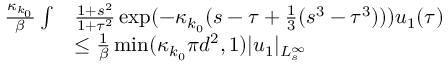
\begin{array} { r l } { \frac { \kappa _ { k _ { 0 } } } \beta \int } & { \frac { 1 + s ^ { 2 } } { 1 + \tau ^ { 2 } } \exp ( - \kappa _ { k _ { 0 } } ( s - \tau + \frac 1 3 ( s ^ { 3 } - \tau ^ { 3 } ) ) ) u _ { 1 } ( \tau ) } \\ & { \le \frac { 1 } \beta \operatorname* { m i n } ( \kappa _ { k _ { 0 } } \pi d ^ { 2 } , 1 ) \vert u _ { 1 } \vert _ { L _ { s } ^ { \infty } } } \end{array}